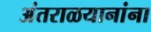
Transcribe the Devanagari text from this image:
अंतराळयानांना